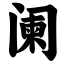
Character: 阑